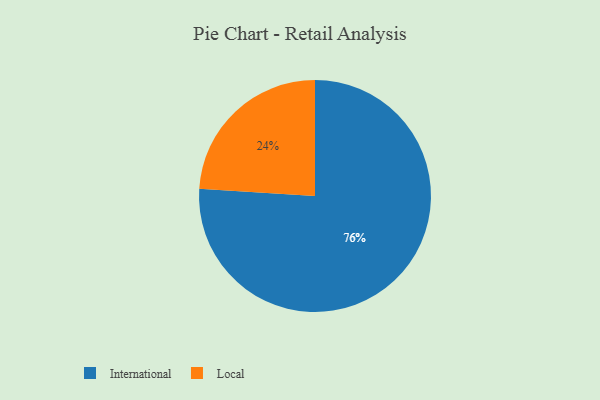
{"axis": {"x": "Category", "y": "Percentage"}, "legend": ["International", "Local"], "data": [{"x": "Local", "y": 24, "type": "Local"}, {"x": "International", "y": 76, "type": "International"}]}